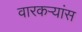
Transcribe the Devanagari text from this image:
वारकऱ्यांस